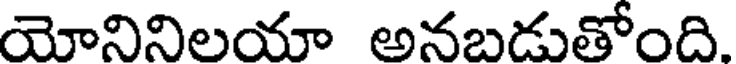
యోనినిలయా అనబడుతోంది